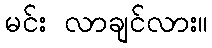
မင်း လာချင်လား။